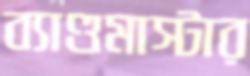
ব্যাণ্ডমাস্টার